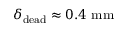
\delta _ { \mathrm { d e a d } } \approx 0 . 4 ~ \mathrm { m m }